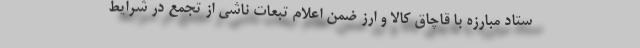
ستاد مبارزه با قاچاق کالا و ارز ضمن اعلام تبعات ناشی از تجمع در شرایط